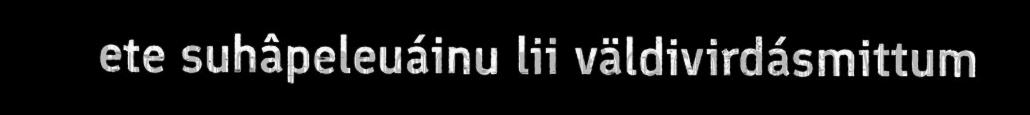
ete suhâpeleuáinu lii väldivirdásmittum